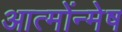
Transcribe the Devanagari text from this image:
आत्मोंन्मेष